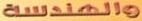
والهندسة